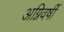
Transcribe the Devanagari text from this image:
अग्निवर्षी